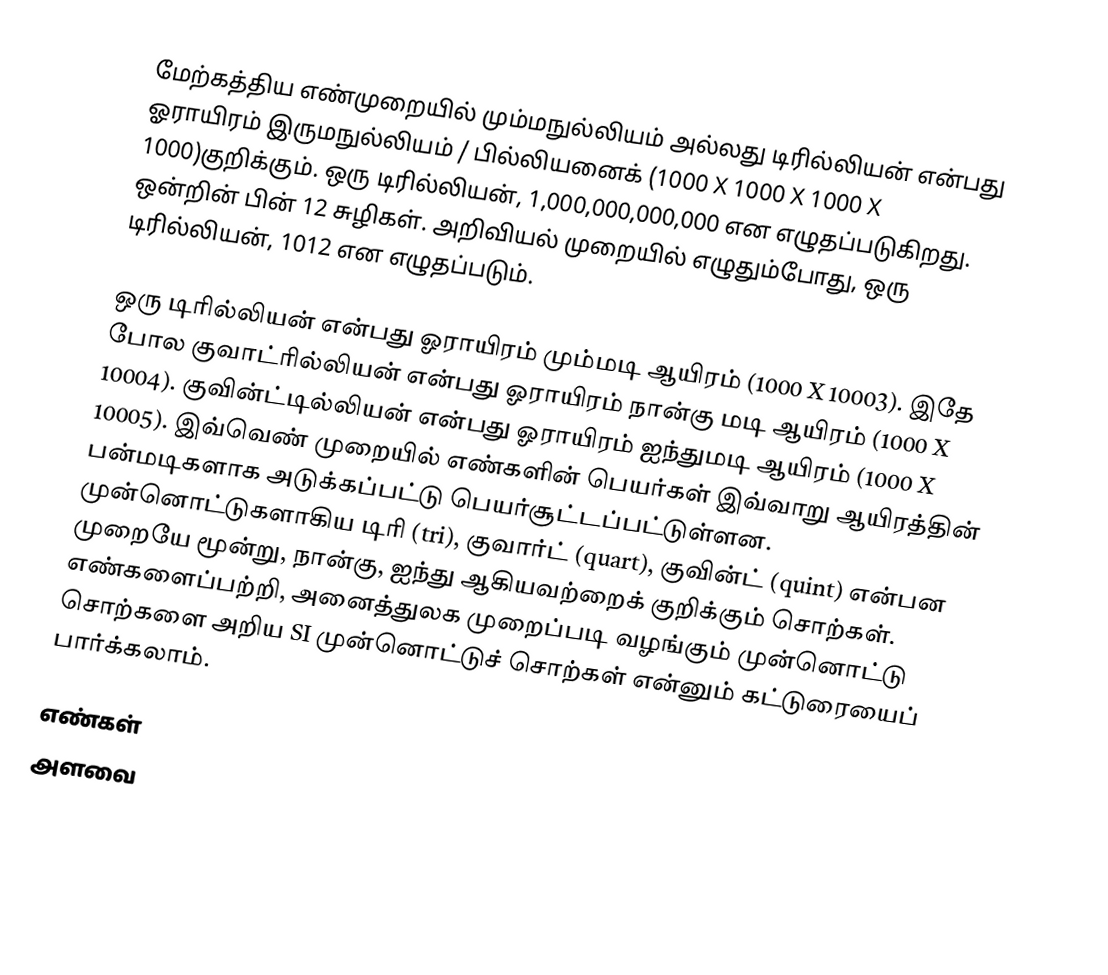
மேற்கத்திய எண்முறையில் மும்மநுல்லியம் அல்லது டிரில்லியன் என்பது ஓராயிரம் இருமநுல்லியம் / பில்லியனைக் (1000 X 1000 X 1000 X 1000)குறிக்கும். ஒரு டிரில்லியன், 1,000,000,000,000 என எழுதப்படுகிறது. ஒன்றின் பின் 12 சுழிகள். அறிவியல் முறையில் எழுதும்போது, ஒரு டிரில்லியன், 1012 என எழுதப்படும்.

ஒரு டிரில்லியன் என்பது ஓராயிரம் மும்மடி ஆயிரம் (1000 X 10003). இதே போல குவாட்ரில்லியன் என்பது ஓராயிரம் நான்கு மடி ஆயிரம் (1000 X 10004). குவின்ட்டில்லியன் என்பது ஓராயிரம் ஐந்துமடி ஆயிரம் (1000 X 10005). இவ்வெண் முறையில் எண்களின் பெயர்கள் இவ்வாறு ஆயிரத்தின் பன்மடிகளாக அடுக்கப்பட்டு பெயர்சூட்டப்பட்டுள்ளன. முன்னொட்டுகளாகிய டிரி (tri), குவார்ட் (quart), குவின்ட் (quint) என்பன முறையே மூன்று, நான்கு, ஐந்து ஆகியவற்றைக் குறிக்கும் சொற்கள். எண்களைப்பற்றி, அனைத்துலக முறைப்படி வழங்கும் முன்னொட்டு சொற்களை அறிய SI முன்னொட்டுச் சொற்கள் என்னும் கட்டுரையைப் பார்க்கலாம்.

எண்கள்
அளவை